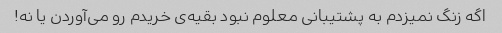
اگه زنگ نمیزدم به پشتیبانی معلوم نبود بقیه‌ی خریدم رو می‌آوردن یا نه!